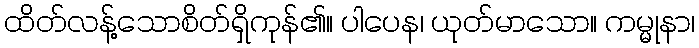
ထိတ်လန့်သောစိတ်ရှိကုန်၏။ ပါပေန၊ ယုတ်မာသော။ ကမ္မုနာ၊